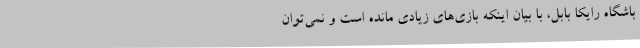
باشگاه رایکا بابل، با بیان اینکه بازی‌های زیادی مانده است و نمی‌توان